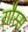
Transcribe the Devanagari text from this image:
ग़ौस्स